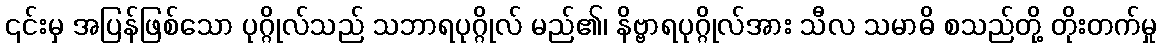
၎င်းမှ အပြန်ဖြစ်သော ပုဂ္ဂိုလ်သည် သဘာရပုဂ္ဂိုလ် မည်၏၊ နိဗ္ဗာရပုဂ္ဂိုလ်အား သီလ သမာဓိ စသည်တို့ တိုးတက်မှု